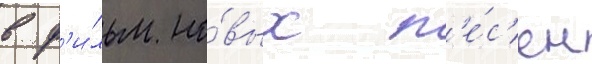
в ф'и́льм но́вых п'е́с'ен